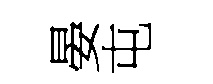
晏屯